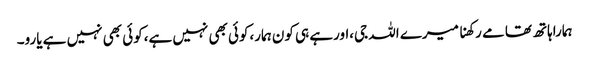
ہماراہاتھ تھامے رکھنا میرے اللہ جی،اورہے ہی کون ہمار،کوئی بھی نہیں ہے،کوئی بھی نہیں ہے یارو۔